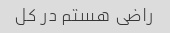
راضی هستم در کل